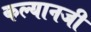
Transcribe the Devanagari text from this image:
कल्यानजी